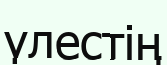
үлестің